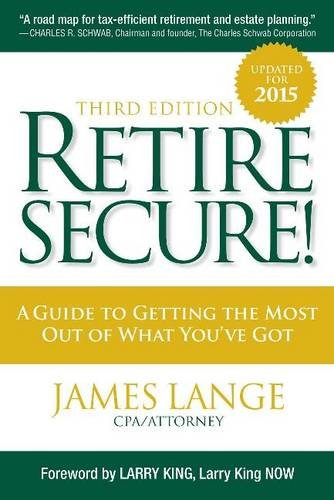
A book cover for Retire Secure!: A Guide To Getting The Most Out Of What You've Got, Third Edition; James Lange; Business & Money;